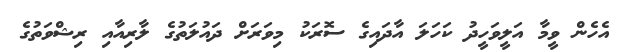
އެހެން ވީމާ އަލީވަހީދު ކަހަލަ އާދައިގެ ސޮރަކު މިވަރަށް ދައުލަތުގެ ލާރިއާއި ރިޝްވަތުގެ